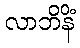
လာဘိနိံ